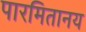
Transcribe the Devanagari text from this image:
पारमितानय